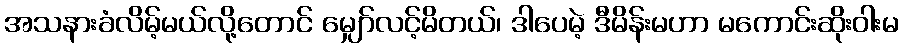
အသနားခံလိမ့်မယ်လို့တောင် မျှော်လင့်မိတယ်၊ ဒါပေမဲ့ ဒီမိန်းမဟာ မကောင်းဆိုးဝါးမ